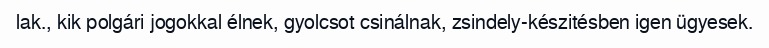
lak., kik polgári jogokkal élnek, gyolcsot csinálnak, zsindely-készitésben igen ügyesek.